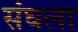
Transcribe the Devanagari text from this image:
संघला